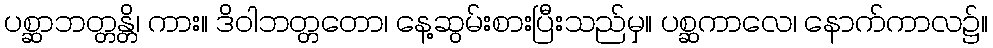
ပစ္ဆာဘတ္တန္တိ၊ ကား။ ဒိဝါဘတ္တတော၊ နေ့ဆွမ်းစားပြီးသည်မှ။ ပစ္ဆကာလေ၊ နောက်ကာလ၌။